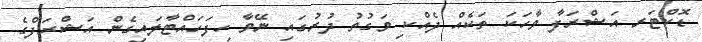
ޑޮކްޓަރ އަޝްރަފާ ވާހަކަ ތަކެއް ދެއްކި ވަގުތު ދުރުގައި ނޭވާ ހިފަހައްޓާލައިގެން އަޝްރަފްގެ